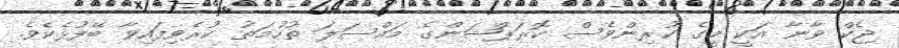
ޖެކް ވާނާ އަކީ މީގެ ކުރިންވެސް ކޮރަޕްޝަންގެ މައްސަލަ ތުހުމަތު ކުރެވިފައިވާ ބޭފުޅެކެވެ.